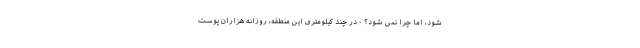
شود، اما چرا نمی شود؟ - در چند کیلومتری این منطقه، روزانه هزاران پوست